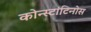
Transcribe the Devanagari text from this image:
कोन्स्टांटिनोस